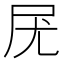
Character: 𡰽